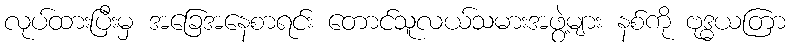
လုပ်ထားပြီးမှ အခြေအနေစာရင်း တောင်သူလယ်သမားအဖွဲ့များ နစ်ကို ဗုဒ္ဓယတြာ